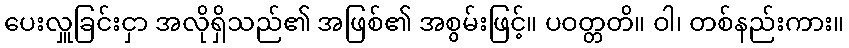
ပေးလှူခြင်းငှာ အလိုရှိသည်၏ အဖြစ်၏ အစွမ်းဖြင့်။ ပဝတ္တတိ။ ဝါ၊ တစ်နည်းကား။